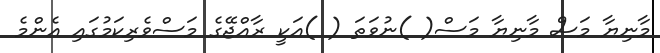
މާނިޔާ މަސް މާނިޔާ މަސް( )ނުވަތަ ( )އަކީ ރާއްޖޭގެ މަސްވެރިކަމުގައި އެންމެ